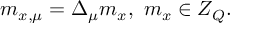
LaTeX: m _ { x , \mu } = \Delta _ { \mu } m _ { x } , \, \, m _ { x } \in Z _ { Q } .